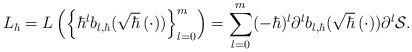
LaTeX: \begin{align*}L_{\hbar}=L\left( \left\{ \hbar^{l}b_{l,\hbar}(\sqrt{\hbar}\left(\cdot\right) )\right\} _{l=0}^{m}\right) =\sum_{l=0}^{m}(-\hbar)^{l}\partial^{l}b_{l,\hbar}(\sqrt{\hbar}\left( \cdot\right) )\partial^{l}\mathcal{S}. \end{align*}